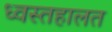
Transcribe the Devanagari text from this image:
ध्वस्तहालत